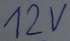
Text: 12V